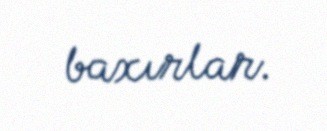
baxırlar.